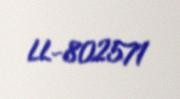
LL-802571